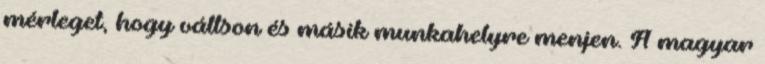
mérleget, hogy váltson és másik munkahelyre menjen. A magyar